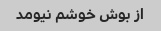
از بوش خوشم نیومد